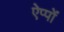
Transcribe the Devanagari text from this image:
ऐप्पों